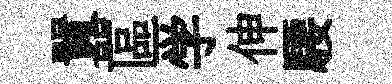
囂區学伸騕